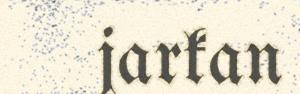
jarkan